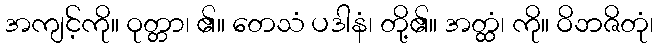
အကျင့်ကို။ ဝုတ္တာ၊ ၏။ တေသံ ပဒါနံ၊ တို့၏။ အတ္ထံ၊ ကို။ ဝိဘဇိတုံ၊